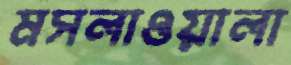
মসলাওয়ালা